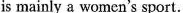
is mainly a women's sport.